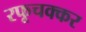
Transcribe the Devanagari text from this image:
रफूचक्कर